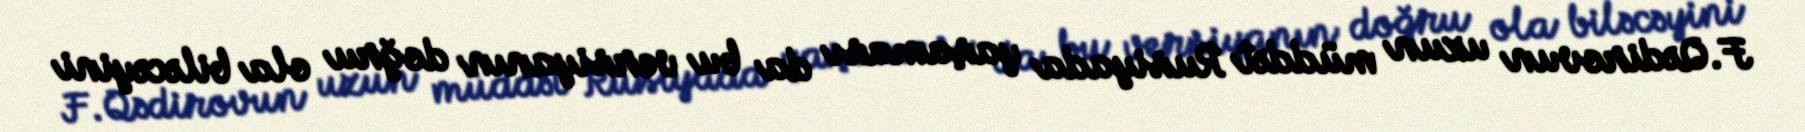
F.Qədirovun uzun müddət Rusiyada yaşaması da bu versiyanın doğru ola biləcəyini